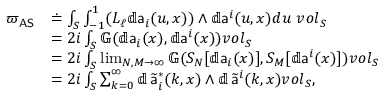
\begin{array} { r l } { { \varpi _ { \mathsf { A S } } } } & { \doteq \int _ { S } \int _ { - 1 } ^ { 1 } ( L _ { \ell } \mathbb { d } { \mathsf { a } } _ { i } ( u , x ) ) \wedge \mathbb { d } { \mathsf { a } } ^ { i } ( u , x ) d u \ { \boldsymbol { v o l } } _ { S } } \\ & { = 2 i \int _ { S } \mathbb { G } ( \mathbb { d } { \mathsf { a } } _ { i } ( x ) , \mathbb { d } { \mathsf { a } } ^ { i } ( x ) ) { \boldsymbol { v o l } } _ { S } } \\ & { = 2 i \int _ { S } \operatorname* { l i m } _ { N , M \to \infty } \mathbb { G } ( S _ { N } [ \mathbb { d } { \mathsf { a } } _ { i } ( x ) ] , S _ { M } [ \mathbb { d } { \mathsf { a } } ^ { i } ( x ) ] ) { \boldsymbol { v o l } } _ { S } } \\ & { = 2 i \int _ { S } \sum _ { k = 0 } ^ { \infty } \mathbb { d } \, \widetilde { { \mathsf { a } } } _ { i } ^ { * } ( k , x ) \wedge \mathbb { d } \, \widetilde { { \mathsf { a } } } ^ { i } ( k , x ) { \boldsymbol { v o l } } _ { S } , } \end{array}